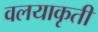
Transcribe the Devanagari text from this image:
वलयाकृती